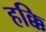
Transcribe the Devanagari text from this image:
हक्कि